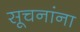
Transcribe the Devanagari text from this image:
सूचनांना